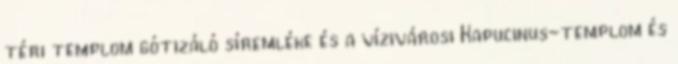
téri templom gótizáló síremléke és a vízivárosi Kapucinus-templom és